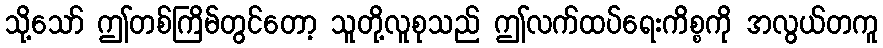
သို့သော် ဤတစ်ကြိမ်တွင်တော့ သူတို့လူစုသည် ဤလက်ထပ်ရေးကိစ္စကို အလွယ်တကူ